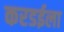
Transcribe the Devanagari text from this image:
करडईला